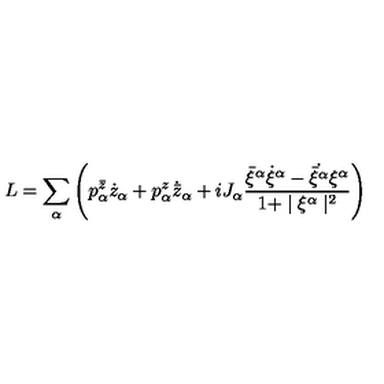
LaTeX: L = \sum _ { \alpha } \left( p _ { \alpha } ^ { \bar { z } } \dot { z } _ { \alpha } + p _ { \alpha } ^ { z } \dot { { \bar { z } } } _ { \alpha } + i J _ { \alpha } \frac { { \bar { \xi } } ^ { \alpha } \dot { \xi } ^ { \alpha } - \dot { \bar { \xi } ^ { \alpha } } \xi ^ { \alpha } } { 1 + \mid \xi ^ { \alpha } \mid ^ { 2 } } \right)